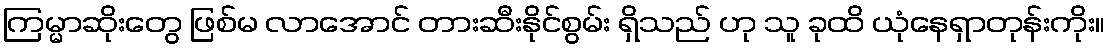
ကြမ္မာဆိုးတွေ ဖြစ်မ လာအောင် တားဆီးနိုင်စွမ်း ရှိသည် ဟု သူ ခုထိ ယုံနေရှာတုန်းကိုး။